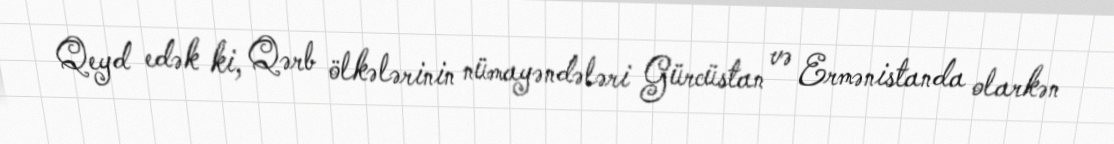
Qeyd edək ki, Qərb ölkələrinin nümayəndələri Gürcüstan və Ermənistanda olarkən